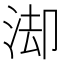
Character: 𭰚